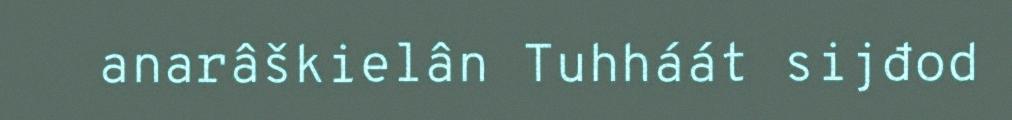
anarâškielân Tuhháát sijđod